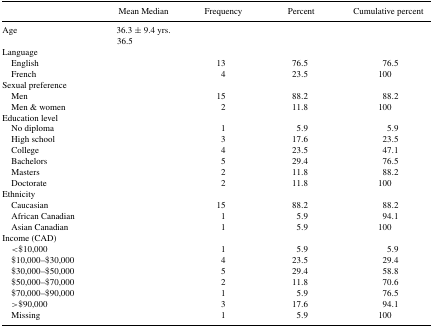
<table><thead><tr><td></td><td><b>Mean Median</b></td><td><b>Frequency</b></td><td><b>Percent</b></td><td><b>Cumulative percent</b></td></tr></thead><tbody><tr><td>Age</td><td>36.3 ± 9.4 yrs.</td><td></td><td></td><td></td></tr><tr><td></td><td>36.5</td><td></td><td></td><td></td></tr><tr><td colspan="5">Language</td></tr><tr><td> English</td><td></td><td>13</td><td>76.5</td><td>76.5</td></tr><tr><td> French</td><td></td><td>4</td><td>23.5</td><td>100</td></tr><tr><td colspan="5">Sexual preference</td></tr><tr><td> Men</td><td></td><td>15</td><td>88.2</td><td>88.2</td></tr><tr><td> Men &amp; women</td><td></td><td>2</td><td>11.8</td><td>100</td></tr><tr><td colspan="5">Education level</td></tr><tr><td> No diploma</td><td></td><td>1</td><td>5.9</td><td>5.9</td></tr><tr><td> High school</td><td></td><td>3</td><td>17.6</td><td>23.5</td></tr><tr><td> College</td><td></td><td>4</td><td>23.5</td><td>47.1</td></tr><tr><td> Bachelors</td><td></td><td>5</td><td>29.4</td><td>76.5</td></tr><tr><td> Masters</td><td></td><td>2</td><td>11.8</td><td>88.2</td></tr><tr><td> Doctorate</td><td></td><td>2</td><td>11.8</td><td>100</td></tr><tr><td colspan="5">Ethnicity</td></tr><tr><td> Caucasian</td><td></td><td>15</td><td>88.2</td><td>88.2</td></tr><tr><td> African Canadian</td><td></td><td>1</td><td>5.9</td><td>94.1</td></tr><tr><td> Asian Canadian</td><td></td><td>1</td><td>5.9</td><td>100</td></tr><tr><td colspan="5">Income (CAD)</td></tr><tr><td> &lt;$10,000</td><td></td><td>1</td><td>5.9</td><td>5.9</td></tr><tr><td> $10,000–$30,000</td><td></td><td>4</td><td>23.5</td><td>29.4</td></tr><tr><td> $30,000–$50,000</td><td></td><td>5</td><td>29.4</td><td>58.8</td></tr><tr><td> $50,000–$70,000</td><td></td><td>2</td><td>11.8</td><td>70.6</td></tr><tr><td> $70,000–$90,000</td><td></td><td>1</td><td>5.9</td><td>76.5</td></tr><tr><td> &gt;$90,000</td><td></td><td>3</td><td>17.6</td><td>94.1</td></tr><tr><td> Missing</td><td></td><td>1</td><td>5.9</td><td>100</td></tr></tbody></table>